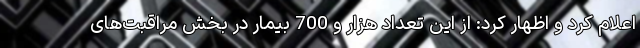
اعلام کرد و اظهار کرد: از این تعداد هزار و 700 بیمار در بخش مراقبت‌های